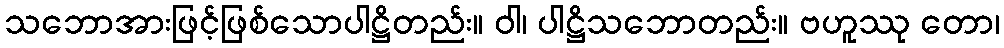
သဘောအားဖြင့်ဖြစ်သောပါဋ္ဌိတည်း။ ဝါ၊ ပါဋ္ဌိသဘောတည်း။ ဗဟူဿု တော၊